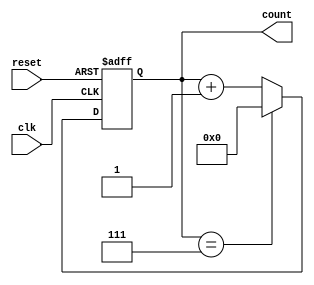
module mod_n_async_counter #(parameter N = 8) (
    input wire clk,            // Clock input
    input wire reset,          // Asynchronous reset input
    output reg [N-1:0] count   // Count output
);

    // Calculate the number of flip-flops needed
    localparam WIDTH = $clog2(N); // Number of flip-flops required

    // Initialize count to 0
    initial begin
        count = 0;
    end

    always @(posedge clk or posedge reset) begin
        if (reset) begin
            count <= 0; // Asynchronous reset
        end else begin
            if (count == N-1) begin
                count <= 0; // Wrap around to 0
            end else begin
                count <= count + 1; // Increment count
            end
        end
    end

endmodule